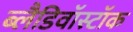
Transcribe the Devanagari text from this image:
ब्लैडिवॉस्टॉक